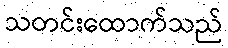
သတင်းထောက်သည်